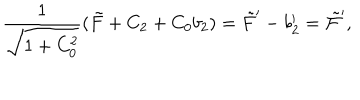
\frac { 1 } { \sqrt { 1 + C _ { 0 } ^ { 2 } } } ( \tilde { F } + C _ { 2 } + C _ { 0 } b _ { 2 } ) = \tilde { F } ^ { \prime } - b _ { 2 } ^ { \prime } = \tilde { \cal F } ^ { \prime } ,